Indian Medical Review
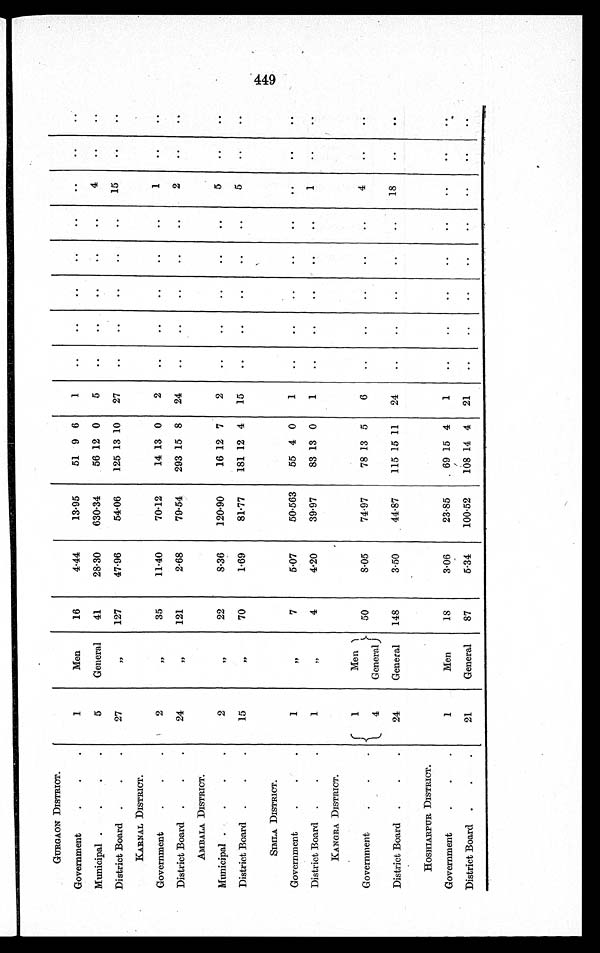
GURGAON DISTRICT.
Government
.
.
.
1
Men
16
4.44
13.95
51 9 6
1
..
..
..
. .
. .
. .
. .
. .
Municipal .
. . .
5
General
41
28.30
630.34
56 12 0
5
..
..
. .
. .
. .
4
. .
. .
District Board
.
.
.
27
,,
127
47.96
54.06
125 13 10
27
..
..
..
..
..
15
..
..
KARNAL DISTRICT.
2
, ,
35
11.40
70.12
14 13 0
2
..
..
..
..
. .
1
. .
. .
Government
.
.
.
District Board
.
.
.
24
,,,
121
2.68
79.54
293 15 8
24
..
..
..
. .
. .
2
. .
. .
AMBALA DISTRICT.
2
, ,
22
8.36
120.90
16 12 7
2
..
..
..
..
..
5
. .
. .
Municipal .
.
.
.
District Board
.
.
.
15
, ,
70
1.69
81.77
181 12 4
15
..
..
..
. .
. .
5
. .
. .
SIMLA DISTRICT.
1
, ,
7
5.07
50.563
55 4 0
1
..
..
. .
. .
. .
. .
. .
. .
Government
.
.
.
District Board
.
.
.
1
, ,
4
4.20
39.97
83 13 0
1
..
..
. . .
. .
. .
1
. .
. .
KANGRA DISTRICT.
1
Men
50
8.05
74.97
78 13 5
6
..
..
. .
. .
. .
4
. .
. .
Government
.
.
.
4
General
District Board
.
.
.
24
General
148
3.50
44.87
115 15 11
24
..
..
..
..
..
18
..
..
HOSHIARPUR DISTRICT.
1
Men
18
3.06
23.85
69 15 4
1
..
..
..
. . .
. .
. .
. .
. .
.
Government
.
.
.
District Board
.
.
.
21
General
87
5.34
100.52
108 14 4
21
..
..
. .
. .
. .
. .
. .
. .